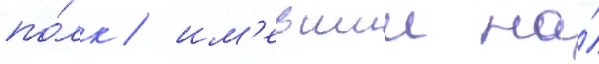
по́лк / им'евшии на́